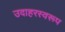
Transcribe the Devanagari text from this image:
उदाहरस्वरूप